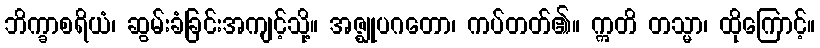
ဘိက္ခာစရိယံ၊ ဆွမ်းခံခြင်းအကျင့်သို့။ အဇ္ဈုပဂတော၊ ကပ်တတ်၏။ ဣတိ တသ္မာ၊ ထိုကြောင့်။